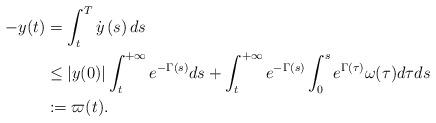
LaTeX: \begin{align*}-y(t) & =\int_{t}^{T}\dot{y}\left( s\right) ds\\& \leq\left\vert y(0)\right\vert \int_{t}^{+\infty}e^{-\Gamma(s)}ds+\int_{t}^{+\infty}e^{-\Gamma(s)}\int_{0}^{s}e^{\Gamma(\tau)}\omega(\tau)d\tau ds\\& :=\varpi(t).\end{align*}